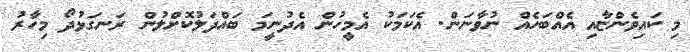
މި ކައިވެންޏާއި އެއްބަހެއް ނުވާނަން. އެކަމަކު އެމީހުން އެދުނީމަ ބައްދަލުކޮށްލުން ރަނގަޅުދޯ މިހާރު